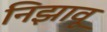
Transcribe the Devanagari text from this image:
निझावू